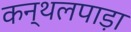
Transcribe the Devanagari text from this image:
कन्थलपाड़ा